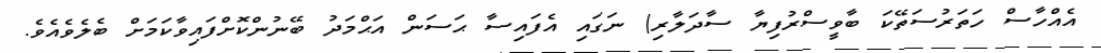
އެއްހާސް ހަތަރުސަތޭކަ ބާވީސްރުފިޔާ ސާދަލާރި) ނަގައި އެފައިސާ ޙަސަން އަޙްމަދު ބޭނުންކޮށްފައިވާކަމަށް ބެލެވެއެވެ.